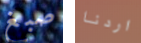
صبغ اردنا